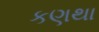
કણથા